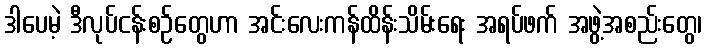
ဒါပေမဲ့ ဒီလုပ်ငန်းစဉ်တွေဟာ အင်းလေးကန်ထိန်းသိမ်းရေး အရပ်ဖက် အဖွဲ့အစည်းတွေ၊